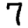
Digit: 7